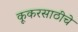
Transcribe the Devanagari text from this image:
कूकरसाठीचे